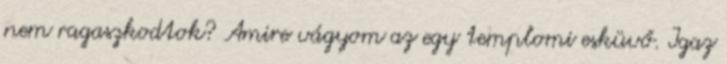
nem ragaszkodtok? Amire vágyom az egy templomi esküvő. Igaz